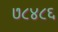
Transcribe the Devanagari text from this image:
७८४८६